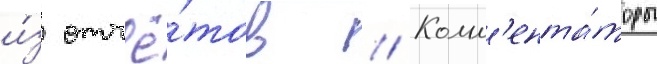
и́з отчё́тов // Комм'ента́торы